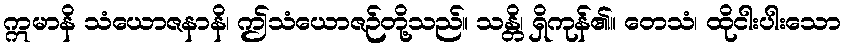
ဣမာနိ သံယောဇနာနိ၊ ဤသံယောဇဉ်တို့သည်။ သန္တိ၊ ရှိကုန်၏။ တေသံ၊ ထိုငါးပါးသော